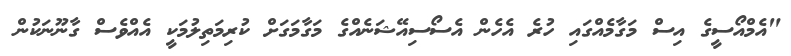
"އެެމްއޯސީގެ އިސް މަގާމެއްގައި ހުރެ އެހެން އެސޯސިއޭޝަނެއްގެ މަގާމަގަށް ކުރިމަތިލުމަކީ އެއްވެސް ގާނޫނަކުން